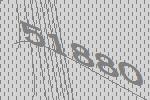
51880